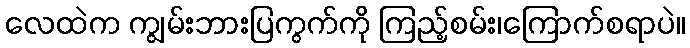
လေထဲက ကျွမ်းဘားပြကွက်ကို ကြည့်စမ်း၊ကြောက်စရာပဲ။